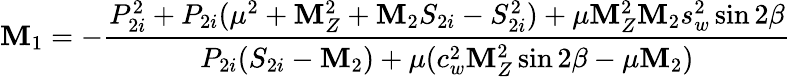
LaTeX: \mathbf{M}_{1}=-\frac{{P_{2i}^{2}+P_{2i}(\mu^{2}+\mathbf{M}_{Z}^{2}+\mathbf{M}_{2}S_{2i}-S_{2i}^{2})+\mu\mathbf{M}_{Z}^{2}\mathbf{M}_{2}s_{w}^{2}\sin2\beta}}{{P_{2i}(S_{2i}-\mathbf{M}_{2})+\mu(c_{w}^{2}\mathbf{M}_{Z}^{2}\sin2\beta-\mu\mathbf{M}_{2})}}